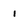
Character: 1